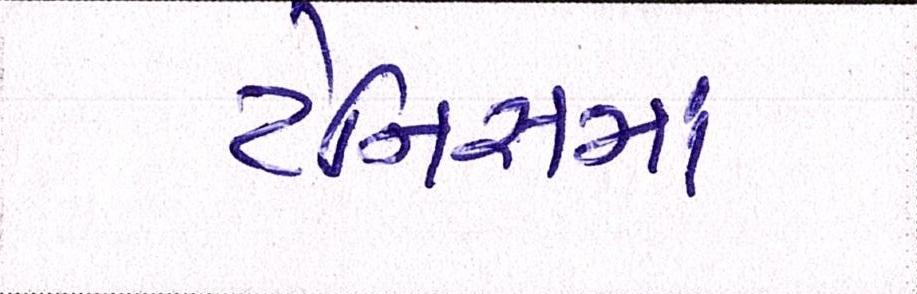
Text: ટેનિસમાં